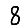
Digit: 8